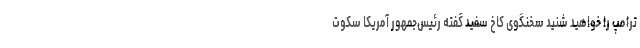
ترامپ را خواهید شنید سخنگوی کاخ سفید گفته رئیس‌جمهور آمریکا سکوت